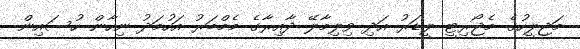
މަޖިލީހުގެ މެޖޯރިޓީ ލީޑަރު އަދި ވިލިމާލޭ ދާއިރާގެ މެމްބަރު އަހުމަދު ނިހާން ހުސައިން